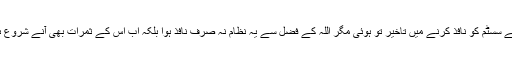
اس سے نئے سسٹم کو نافذ کرنے میں تاخیر تو ہوئی مگر اللہ کے فضل سے یہ نظام نہ صرف نافذ ہوا بلکہ اب اس کے ثمرات بھی آنے شروع ہوگئے ہیں۔